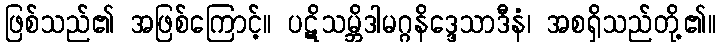
ဖြစ်သည်၏ အဖြစ်ကြောင့်။ ပဋိသမ္ဘိဒါမဂ္ဂနိဒ္ဒေသာဒီနံ၊ အစရှိသည်တို့၏။